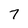
Character: 7